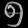
Digit: ၅